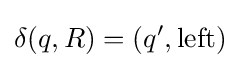
\delta (q,R)=(q^{\prime },\mathrm {left} )